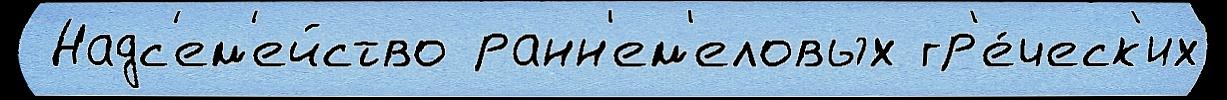
 Надс'ем'ейство ранн'ем'еловых гр'е́ческ'их